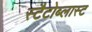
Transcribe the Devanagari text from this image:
स्टैटोब्लास्ट